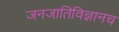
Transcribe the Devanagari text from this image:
जनजातिविज्ञानच